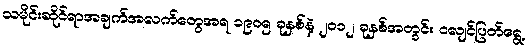
သမိုင်းဆိုင်ရာအချက်အလက်တွေအရ ၁၉၀၅ ခုနှစ်နဲ့ ၂၀၁၂ ခုနှစ်အတွင်း ငလျင်ပြတ်ရွေ့